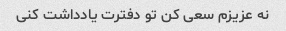
نه عزیزم سعی کن تو دفترت یادداشت کنی